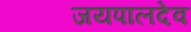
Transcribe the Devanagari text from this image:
जयपालदेव